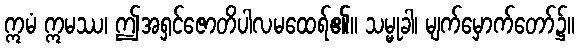
ဣမံ ဣမဿ၊ ဤအရှင်ဇောတိပါလမထေရ်၏။ သမ္မုခါ၊ မျက်မှောက်တော်၌။